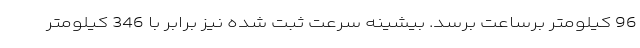
96 کیلومتر برساعت برسد. بیشینه سرعت ثبت شده نیز برابر با 346 کیلومتر